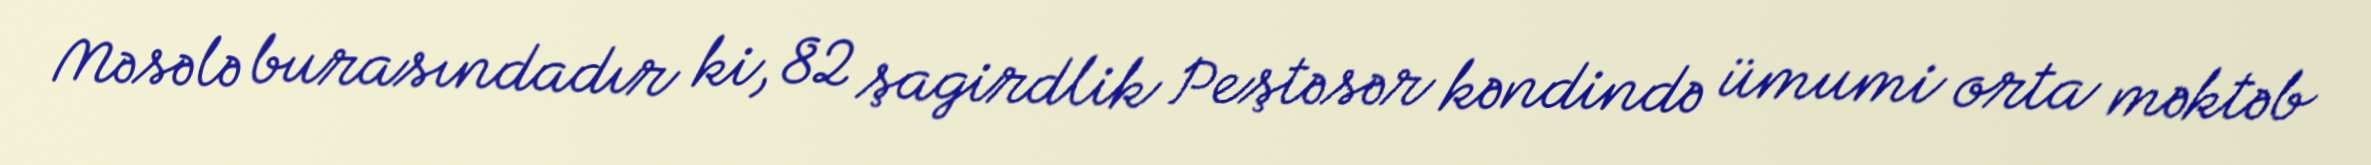
Məsələ burasındadır ki, 82 şagirdlik Peştəsər kəndində ümumi orta məktəb